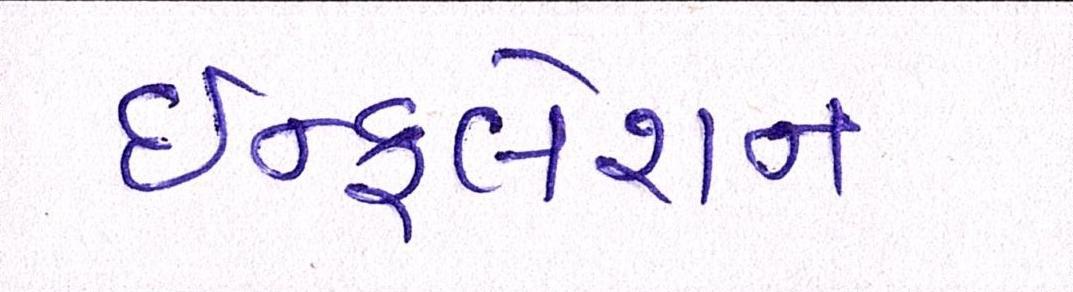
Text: ઇન્ફલેશન